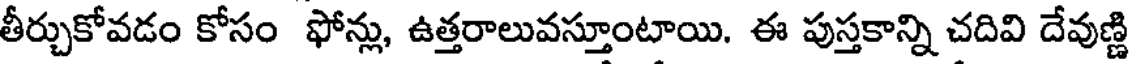
తీర్చుకోవడం కోసం ఫోన్లు, ఉత్తరాలువస్తూంటాయి. ఈ పుస్తకాన్ని చదివి దేవుణ్ణి